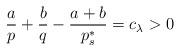
LaTeX: \begin{align*}\frac{a}{p} + \frac{b}{q} - \frac{a + b}{p_{s}^*} = c_{\lambda} >0 \end{align*}